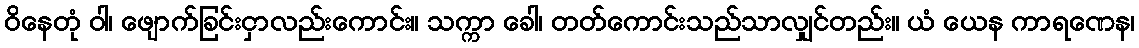
ဝိနေတုံ ဝါ၊ ဖျောက်ခြင်းငှာလည်းကောင်း။ သက္ကာ ခေါ၊ တတ်ကောင်းသည်သာလျှင်တည်း။ ယံ ယေန ကာရဏေန၊